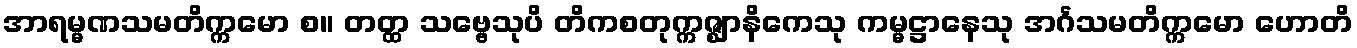
အာရမ္မဏသမတိက္ကမော စ။ တတ္ထ သဗ္ဗေသုပိ တိကစတုက္ကဇ္ဈာနိကေသု ကမ္မဋ္ဌာနေသု အင်္ဂသမတိက္ကမော ဟောတိ